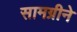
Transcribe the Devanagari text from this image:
सामग्रीने